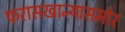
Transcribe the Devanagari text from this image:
फरासखान्यासमोर